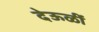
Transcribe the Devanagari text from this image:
देऊळीं